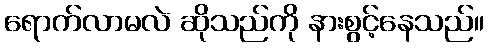
ရောက်လာမလဲ ဆိုသည်ကို နားစွင့်နေသည်။